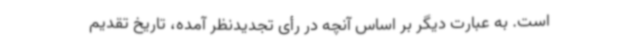
است. به عبارت دیگر بر اساس آنچه در رأی تجدیدنظر آمده، تاریخ تقدیم